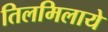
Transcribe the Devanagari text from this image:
तिलमिलाये